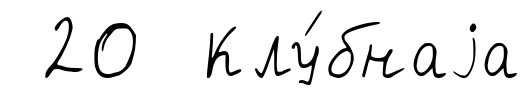
20 Клу́бнаjа